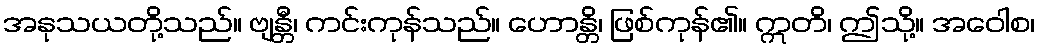
အနုသယတို့သည်။ ဗျန္တီ၊ ကင်းကုန်သည်။ ဟောန္တိ၊ ဖြစ်ကုန်၏။ ဣတိ၊ ဤသို့။ အဝေါစ၊